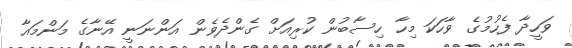
ވަހީދާ ފެހުމުގެ ވާހަކަ މިހާ ހިސާބުން ކުރިއަށް ގެންދެވެން އަންނަނީ އޭނާގެ މަންމައާ